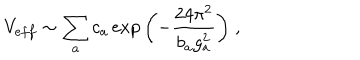
V _ { e f f } \sim \sum _ { a } c _ { a } \exp { \left( - \frac { 2 4 \pi ^ { 2 } } { b _ { a } g _ { a } ^ { 2 } } \right) } \; ,